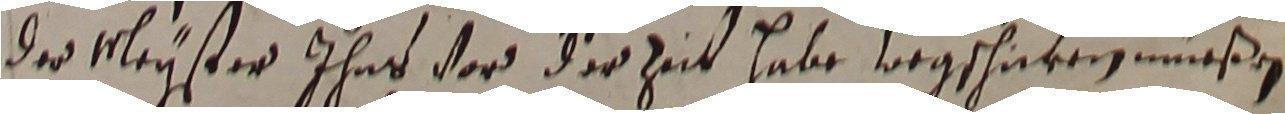
der Meyster ihme vor der zeit habe vegschien müeßen.